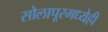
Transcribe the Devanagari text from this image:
सोलापूरमध्येही